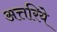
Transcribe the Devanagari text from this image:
अत्तरिये